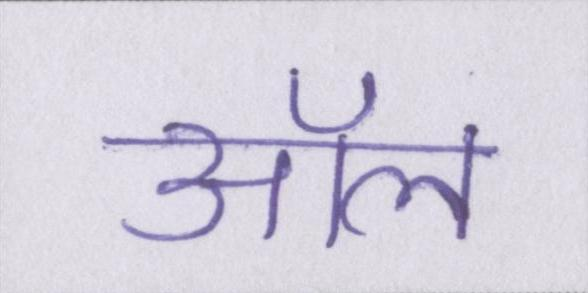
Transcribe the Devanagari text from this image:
ऑल